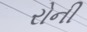
રોની